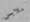
ملابس